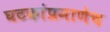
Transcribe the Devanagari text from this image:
घटकांप्रमाणेच